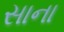
સાના